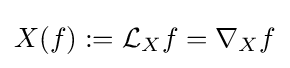
X(f):={\mathcal {L}}_{X}f=\nabla _{X}f